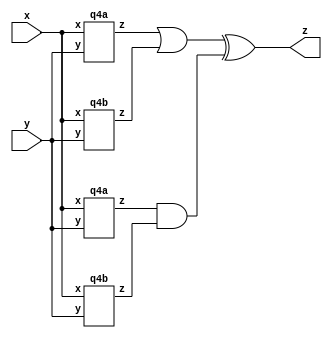
module top_module (input x, input y, output z);
	wire a1z,a2z,b1z,b2z;
    q4a IA1(.x(x),.y(y),.z(a1z));
    q4b IB1(.x(x),.y(y),.z(b1z));
    q4a IA2(.x(x),.y(y),.z(a2z));
    q4b IB2(.x(x),.y(y),.z(b2z));
    assign z = (a1z|b1z)^(a2z&b2z);
    
endmodule
module q4a (input x, input y, output z);
    assign z = (x^y) & x;
endmodule
module q4b ( input x, input y, output z );
    assign z = ~(x^y);
endmodule